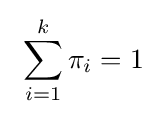
~\sum _{i=1}^{k}\pi _{i}=1~